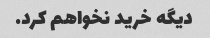
دیگه خرید نخواهم کرد.